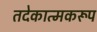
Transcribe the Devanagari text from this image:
तदेकात्मकरूप